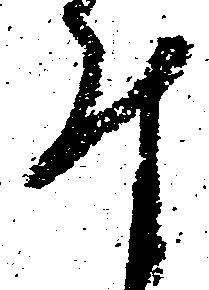
付